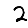
Digit: 2